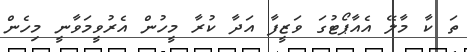
ތަ ކާ މާލޭ އެއާޕޯޓުގަ ވަޒީފާ އަދާ ކުރާ މީހުން އެރުވީމަވާނީ މިހެން